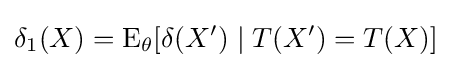
\delta _{1}(X)=\operatorname {E} _{\theta }[\delta (X')\mid T(X')=T(X)]